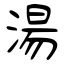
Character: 湯